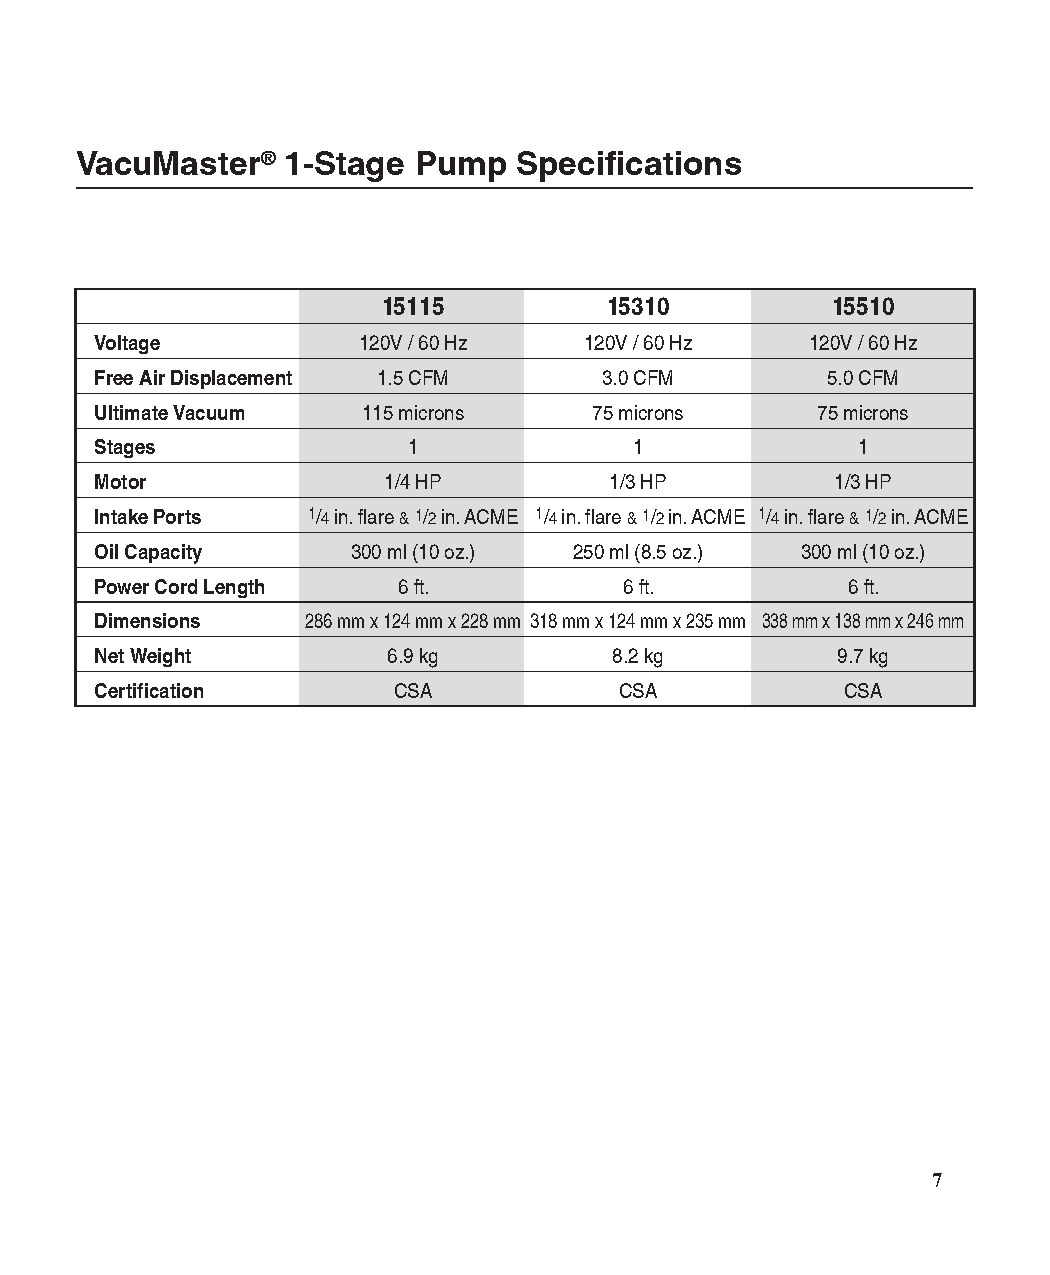
VacuMaster®   1-Stage Pump   Specifications
 15115          15310          15510
 Voltage           120V / 60 Hz   120V / 60 Hz   120V / 60 Hz
 Free Air Displacement 1.5 CFM     3.0 CFM        5.0 CFM
 Ultimate Vacuum   115 microns    75 microns     75 microns
 Stages               1              1              1
 Motor              1/4 HP         1/3 HP         1/3 HP
 Intake Ports  1/4 in. flare & 1/2 in. ACME 1/4 in. flare & 1/2 in. ACME 1/4 in. flare & 1/2 in. ACME
 Oil Capacity     300 ml (10 oz.) 250 ml (8.5 oz.) 300 ml (10 oz.)
 Power Cord Length   6 ft.          6 ft.          6 ft.
 Dimensions    286 mm x 124 mm x 228 mm 318 mm x 124 mm x 235 mm 338 mm x 138 mm x 246 mm
 Net Weight          6.9 kg         8.2 kg        9.7 kg
 Certification       CSA            CSA            CSA
 7